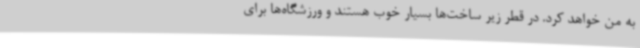
به من خواهد کرد. در قطر زیر ساخت‌ها بسیار خوب هستند و ورزشگاه‌ها برای